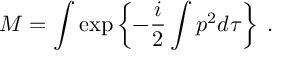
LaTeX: { \cal M } = \int \exp \left\{ - \frac { i } { 2 } \int p ^ { 2 } d \tau \right\} \; .